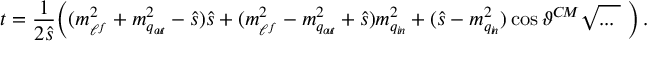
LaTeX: t = \frac { 1 } { 2 \hat { s } } \Big ( ( m _ { \ell ^ { f } } ^ { 2 } + m _ { q _ { o \! u \! t } } ^ { 2 } - \hat { s } ) \hat { s } + ( m _ { \ell ^ { f } } ^ { 2 } - m _ { q _ { o \! u \! t } } ^ { 2 } + \hat { s } ) m _ { q _ { i \! n } } ^ { 2 } + ( \hat { s } - m _ { q _ { i \! n } } ^ { 2 } ) \cos \vartheta ^ { C \! M } \sqrt { . . . \phantom { | } } ~ \Big ) \, .